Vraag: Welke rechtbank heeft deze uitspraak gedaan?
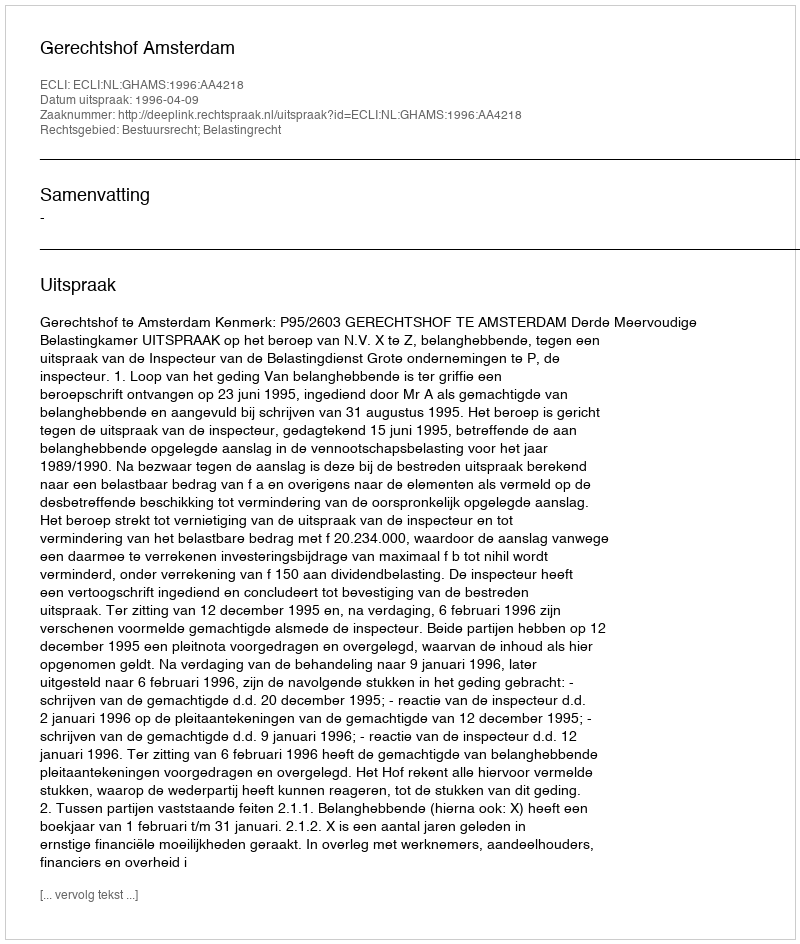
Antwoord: Gerechtshof Amsterdam